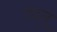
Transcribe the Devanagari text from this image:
ददन्